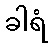
ခါရံ